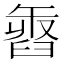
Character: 𦥽